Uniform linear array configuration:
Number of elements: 24
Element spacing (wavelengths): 1
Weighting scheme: hann
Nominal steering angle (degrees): -60
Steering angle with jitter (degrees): -60.848
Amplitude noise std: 0.05
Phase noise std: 0.05

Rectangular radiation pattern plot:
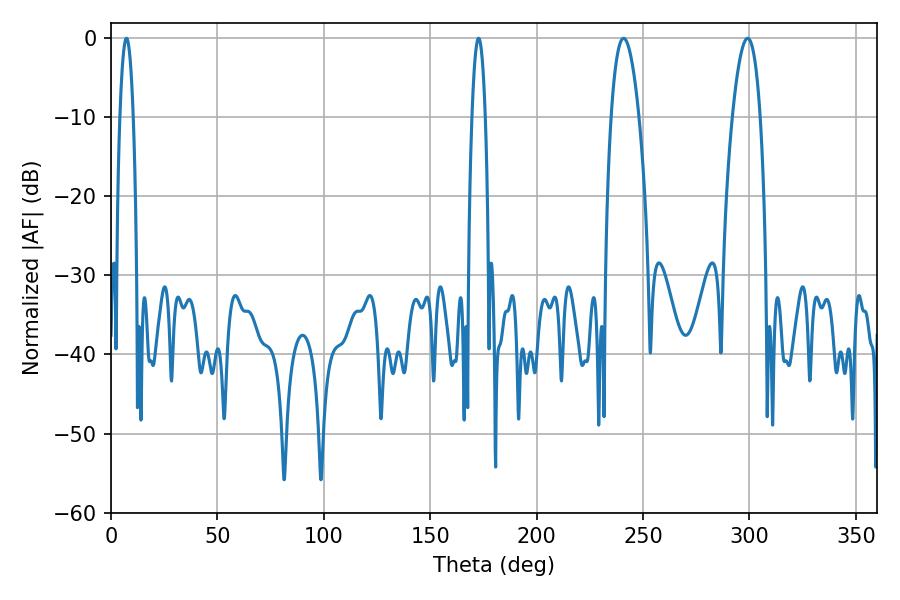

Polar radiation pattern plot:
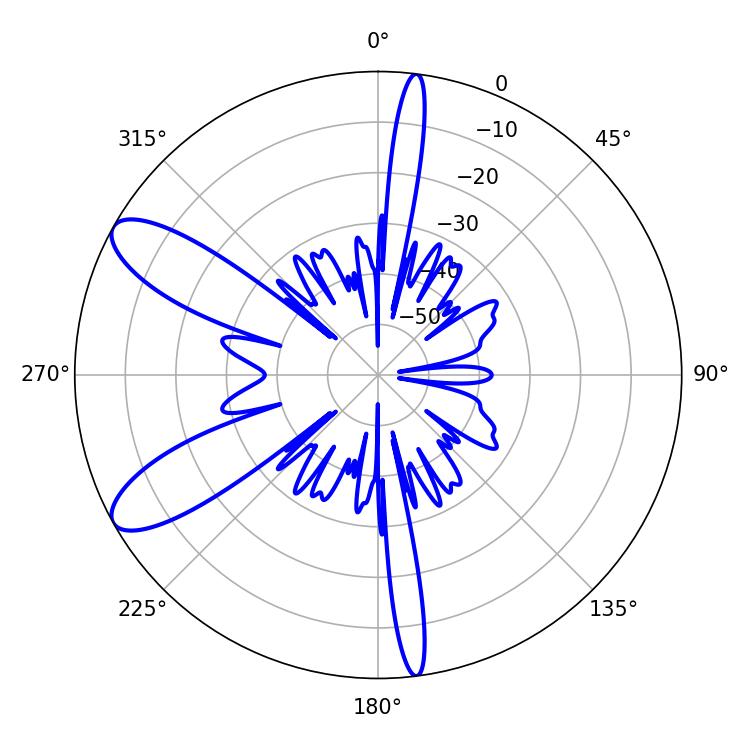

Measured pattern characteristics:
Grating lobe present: TRUE
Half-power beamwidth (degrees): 7.2
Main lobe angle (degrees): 240.84